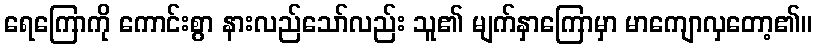
ရေကြောကို ကောင်းစွာ နားလည်သော်လည်း သူ၏ မျက်နှာကြောမှာ မာကျောလှတော့၏။